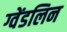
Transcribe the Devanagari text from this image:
ग्वेंडलिन